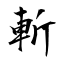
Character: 斬